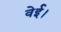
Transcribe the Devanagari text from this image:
वेई।